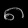
Digit: ၈